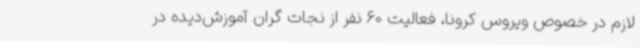
لازم در خصوص ویروس کرونا، فعالیت 60 نفر از نجات گران آموزش‌دیده در